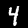
Digit: 4